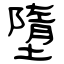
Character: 墮